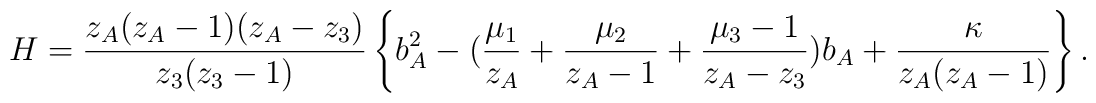
H=\frac{z_A(z_A-1)(z_A - z_3)}{z_3(z_3-1)}\left\{b_A^2 - (\frac{\mu _1}{z_A}+\frac{\mu _2} {z_A-1} +\frac{\mu _3-1}{z_A-z_3})b_A +\frac{\kappa}{z_A(z_A-1)} \right\}.